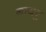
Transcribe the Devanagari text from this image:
नायबु